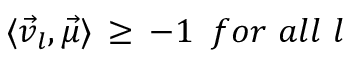
\langle { \vec { v } } _ { l } , { \vec { \mu } } \rangle \, \geq \, - 1 \, \, \, f o r \, \, a l l \, \, l